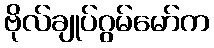
ဗိုလ်ချုပ်ဂွမ်မော်က